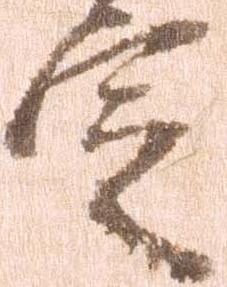
定